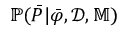
\mathbb { P } ( \boldsymbol { \bar { P } } | \boldsymbol { \bar { \varphi } } , \mathcal { D } , \mathbb { M } )